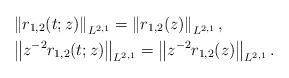
LaTeX: \begin{align*}&\left\|r_{1,2}(t;z)\right\|_{L^{2,1}}=\left\|r_{1,2}(z)\right\|_{L^{2,1}}, \\&\left\|z^{-2}r_{1,2}(t;z)\right\|_{L^{2,1}}=\left\|z^{-2}r_{1,2}(z)\right\|_{L^{2,1}}.\end{align*}